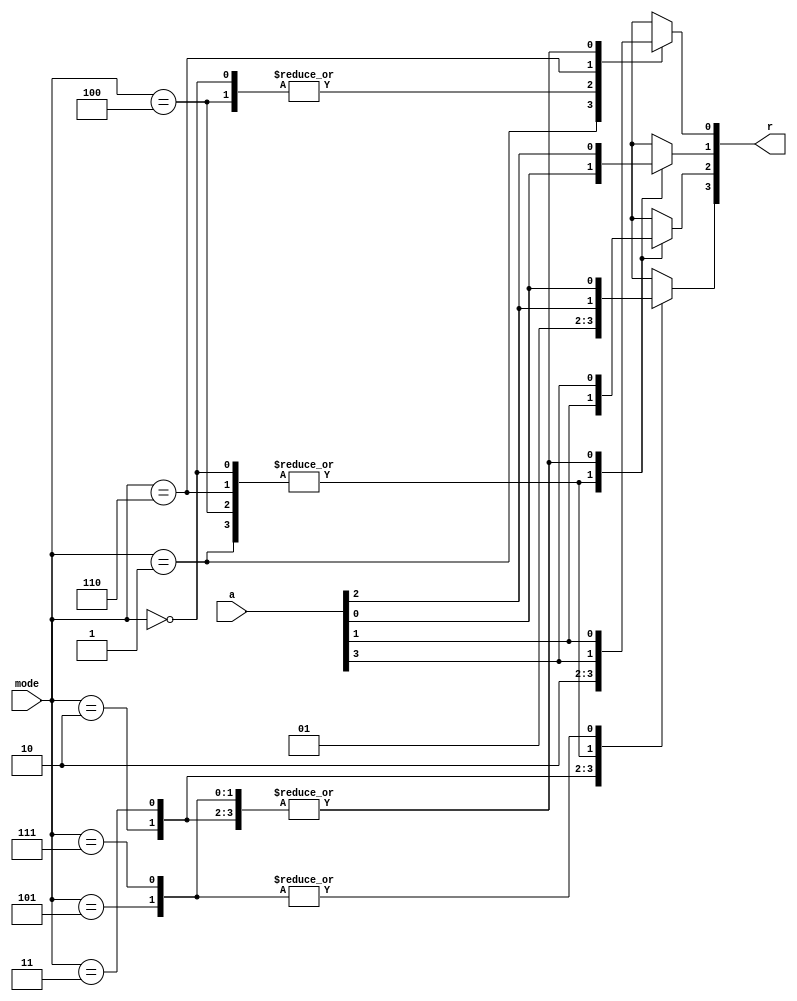
/*
	Name: Matidios, Henry
	Date: 1/6/2016
	Description: 4-bit Shifter
*/

module shifter(r,a,mode);
	input [3:0] a;
	input [2:0] mode;

	output reg [3:0] r;
	reg w1;

	always @(*)
		case(mode)
			3'b000:
				begin 
					r[3]=a[2];
					r[2]=a[1];
					r[1]=a[0];
					r[0]=0; 
				end
			3'b001:
				begin 
					r[3]=a[2];
					r[2]=a[1];
					r[1]=a[0];
					r[0]=1; 
				end
			3'b010:
				begin
					r[3]=0;
					r[2]=a[3];
					r[1]=a[2];
					r[0]=a[1];
				end
			3'b011:
				begin
					r[3]=1;
					r[2]=a[3];
					r[1]=a[2];
					r[0]=a[1];
				end
			3'b100:
				begin
					r[3]=a[2];
					r[2]=a[1];
					r[1]=a[0];
					r[0]=0;
				end
			3'b101:
				begin
					w1 = a[0];
					r[0]=a[1];
					r[1]=a[2];
					r[2]=a[3];
					r[3] = w1;
				end
			3'b110:
				begin
					w1 = a[3];
					r[3]=a[2];
					r[2]=a[1];
					r[1]=a[0];
					r[0] = w1;
				end
			3'b111:
				begin
					w1 = a[0];
					r[0]=a[1];
					r[1]=a[2];
					r[2]=a[3];
					r[3] = w1;
				end
		endcase	
endmodule